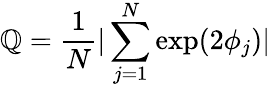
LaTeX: \mathbb{Q}=\frac{{1}}{{N}}|\sum_{j=1}^{N}\exp(2\phi_{j})|